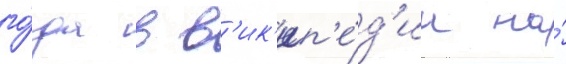
го́да в в'ик'ип'е́д'ии на́